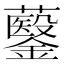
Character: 𮣡